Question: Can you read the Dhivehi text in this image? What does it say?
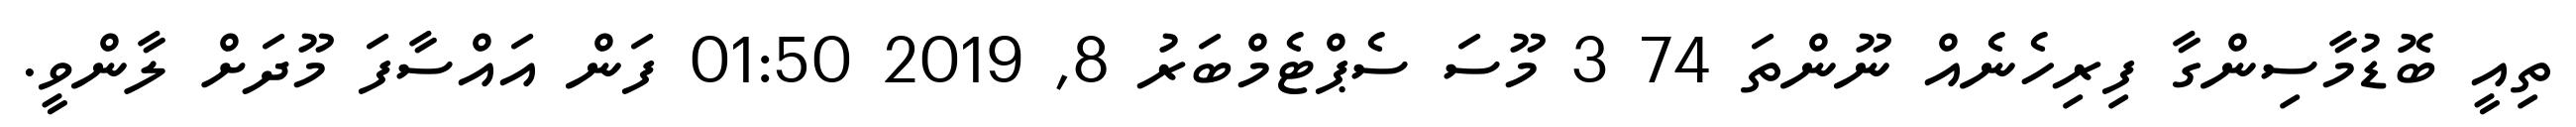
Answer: ތިއީ ބޮޑުމާސިންގާ ފިރިހެނެއް ނޫންތަ 74 3 މޫސަ ސެޕްޓެމްބަރު 8, 2019 01:50 ފަން އައްސާފަ މޫދަށް ލާންވީ.